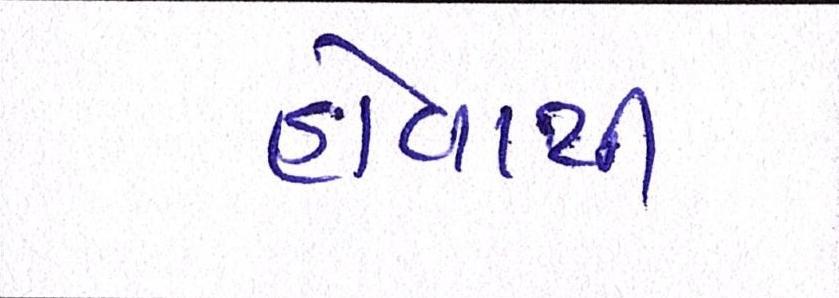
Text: હોવાથી